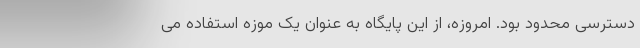
دسترسی محدود بود. امروزه، از این پایگاه به عنوان یک موزه استفاده می